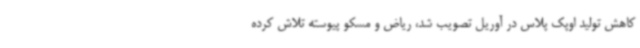
کاهش تولید اوپک پلاس در آوریل تصویب شد، ریاض و مسکو پیوسته تلاش کرده